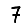
Digit: 7